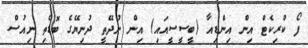
ފޯ ކްރިކެޓް އިން އިންޑިއާ (ބީސީސީއައި) އިން ނުދޭތީ ދުނިޔޭގެ ބޮޑެތި ނިއުސް